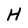
Character: H